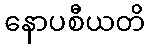
နောပစီယတိ